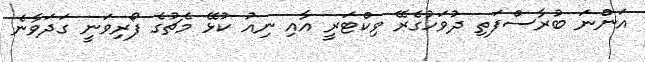
އަންނަ ބުރާސްފަތި ދުވަހުގެރޭ ވިކްޓަރީ އާއި ނިއު ކުޅޭ މެޗުގެ ފޯރިވަނީ ގަދަވާނެ